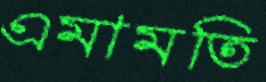
এমামতি